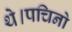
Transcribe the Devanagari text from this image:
थे।पचिनो